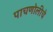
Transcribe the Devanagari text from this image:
पाचणोलीचे